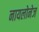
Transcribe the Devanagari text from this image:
नायलोनेज